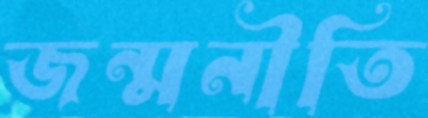
জন্মনীতি